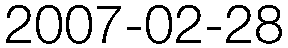
2007-02-28